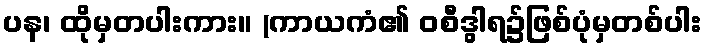
ပန၊ ထိုမှတပါးကား။ (ကာယကံ၏ ဝစီဒွါရ၌ဖြစ်ပုံမှတစ်ပါး